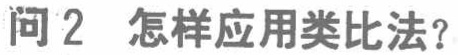
问2 怎样应用类比法？